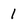
Character: 1